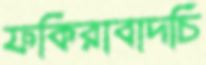
ফকিরাবাদচি